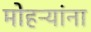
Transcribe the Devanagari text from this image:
मोहऱ्यांना